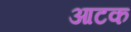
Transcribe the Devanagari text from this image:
आटक